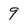
Character: 9